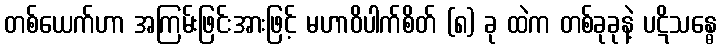
တစ်ယေက်ဟာ အကြမ်းဖြင်းအားဖြင့် မဟာဝိပါက်စိတ် (၈) ခု ထဲက တစ်ခုခုနဲ့ ပဋိသန္ဓေ